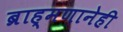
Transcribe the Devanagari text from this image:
ब्राह्मणानेही